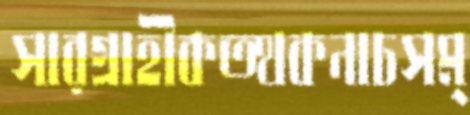
সারগ্রাহীকত্থকনাচসম্